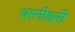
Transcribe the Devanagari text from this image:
धरनीश्वरी